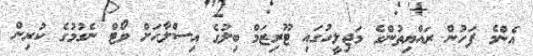
އެންމެ ފަހުން ރައްޔިތުންގެ މަޖިލީހުގައި ޓޫރިޒަމް ބިލުގެ އިސްލާހަށް ވޯޓް ނެގުމުގެ ކުރިން